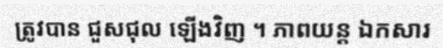
ត្រូវបាន ជួសជុល ឡើងវិញ ។ ភាពយន្ត ឯកសារ